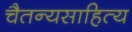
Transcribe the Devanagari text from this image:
चैतन्यसाहित्य